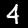
Label: 4